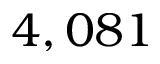
4 , 0 8 1